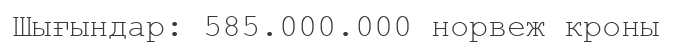
Шығындар: 585.000.000 норвеж кроны